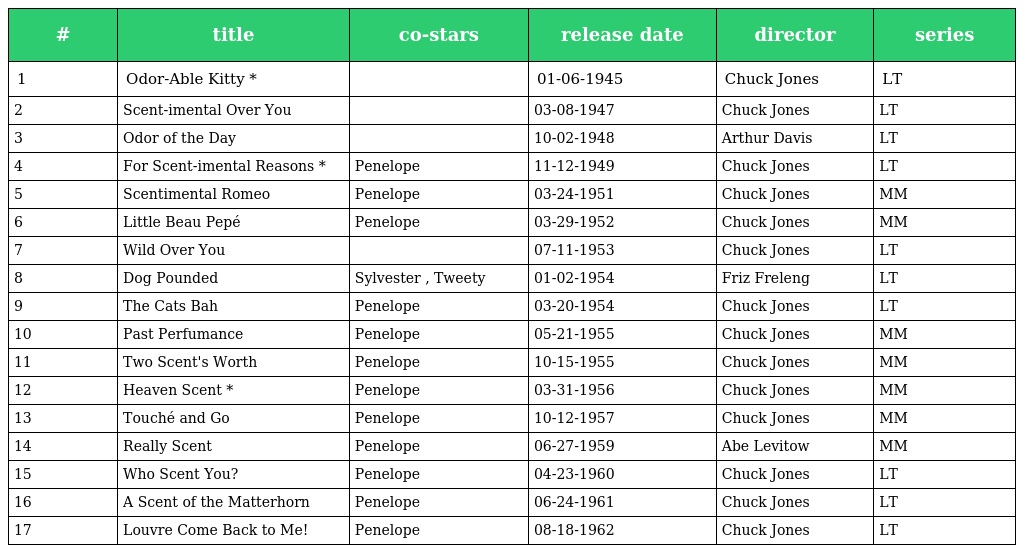
| # | title | co-stars | release date | director | series |
 | --- | --- | --- | --- | --- | --- |
 | 1 | Odor-Able Kitty * |  | 01-06-1945 | Chuck Jones | LT |
 | 2 | Scent-imental Over You |  | 03-08-1947 | Chuck Jones | LT |
 | 3 | Odor of the Day |  | 10-02-1948 | Arthur Davis | LT |
 | 4 | For Scent-imental Reasons * | Penelope | 11-12-1949 | Chuck Jones | LT |
 | 5 | Scentimental Romeo | Penelope | 03-24-1951 | Chuck Jones | MM |
 | 6 | Little Beau Pepé | Penelope | 03-29-1952 | Chuck Jones | MM |
 | 7 | Wild Over You |  | 07-11-1953 | Chuck Jones | LT |
 | 8 | Dog Pounded | Sylvester , Tweety | 01-02-1954 | Friz Freleng | LT |
 | 9 | The Cats Bah | Penelope | 03-20-1954 | Chuck Jones | LT |
 | 10 | Past Perfumance | Penelope | 05-21-1955 | Chuck Jones | MM |
 | 11 | Two Scent's Worth | Penelope | 10-15-1955 | Chuck Jones | MM |
 | 12 | Heaven Scent * | Penelope | 03-31-1956 | Chuck Jones | MM |
 | 13 | Touché and Go | Penelope | 10-12-1957 | Chuck Jones | MM |
 | 14 | Really Scent | Penelope | 06-27-1959 | Abe Levitow | MM |
 | 15 | Who Scent You? | Penelope | 04-23-1960 | Chuck Jones | LT |
 | 16 | A Scent of the Matterhorn | Penelope | 06-24-1961 | Chuck Jones | LT |
 | 17 | Louvre Come Back to Me! | Penelope | 08-18-1962 | Chuck Jones | LT |